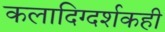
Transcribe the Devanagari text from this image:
कलादिग्दर्शकही